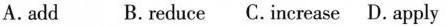
A. add B. reduce C. Increase D. apply